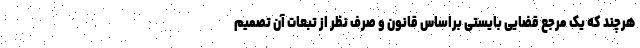
هرچند که یک مرجع قضایی بایستی براساس قانون و صرف نظر از تبعات آن تصمیم